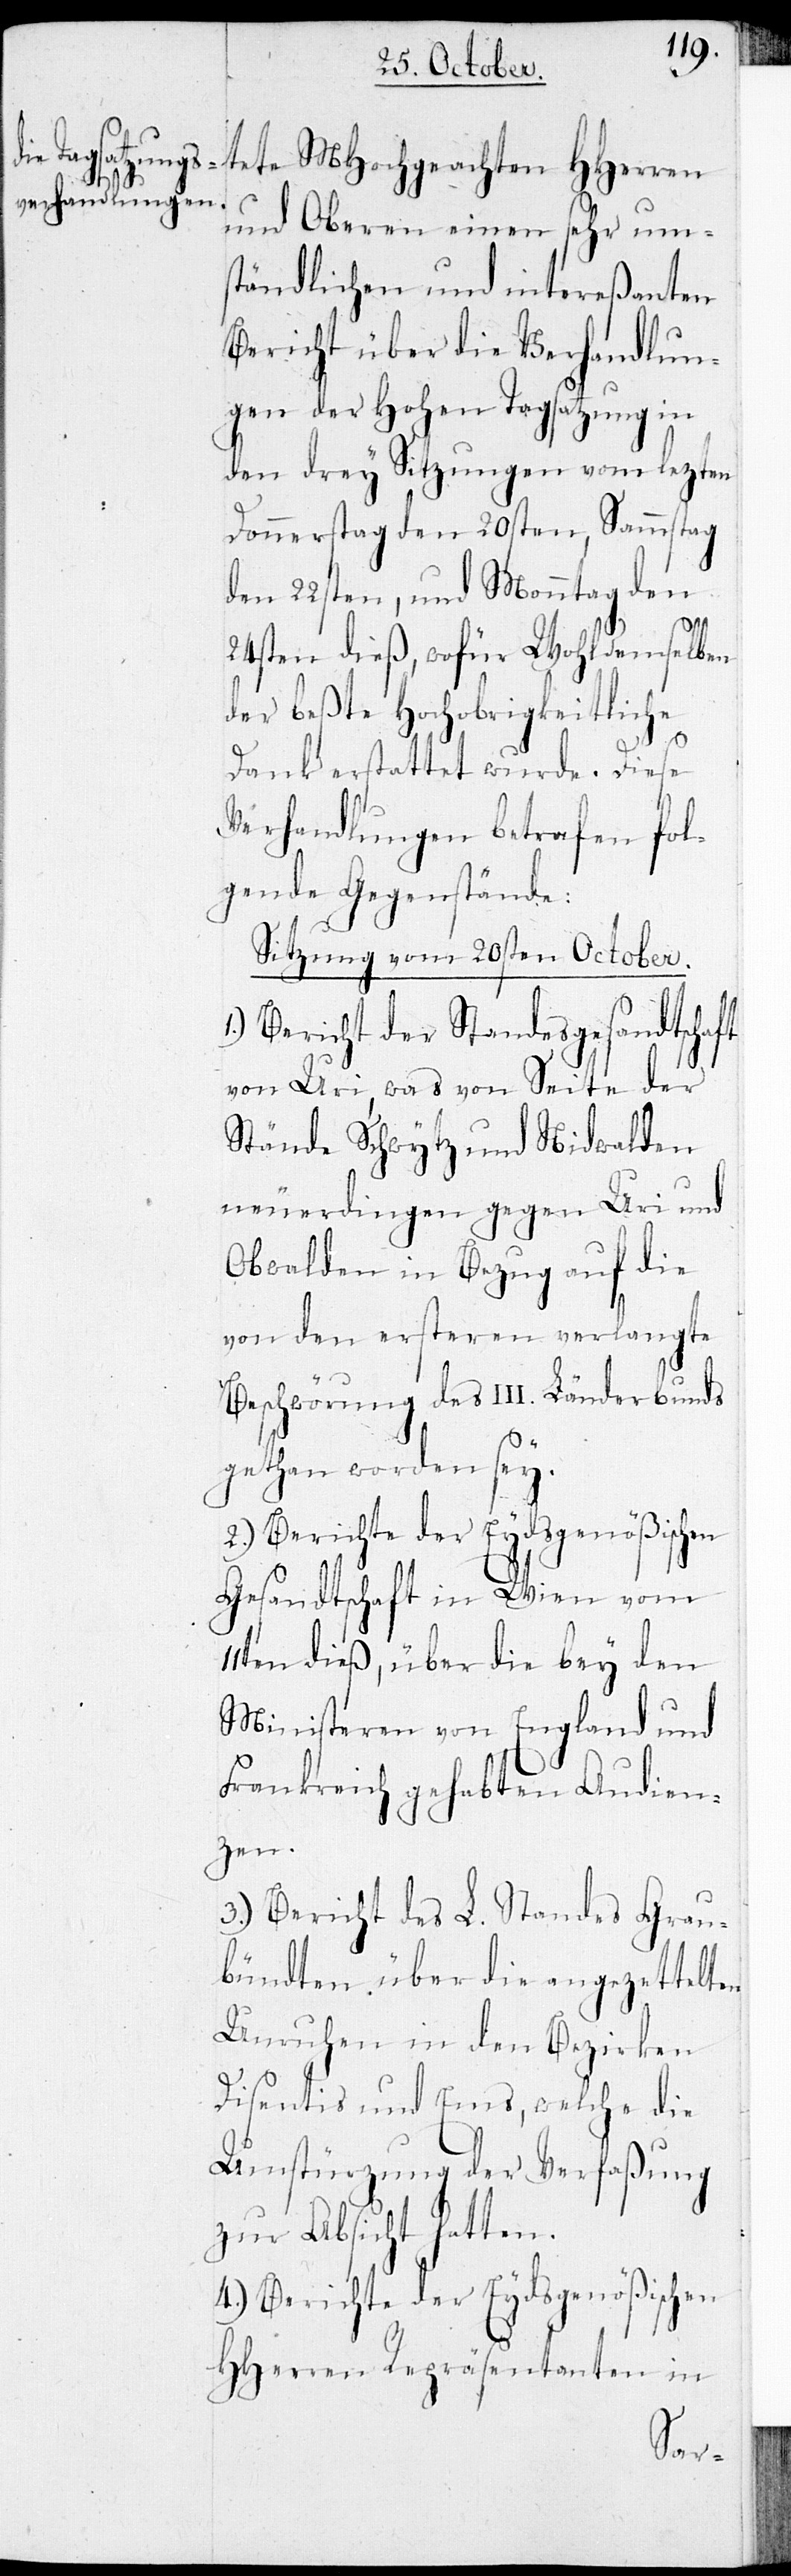
tete MHochgeachten HHerren
und Oberen einen sehr um¬
ständlichen und intereßanten
Bericht über die Verhandlun¬
gen der Hohen Tagsatzung in
den drey Sitzungen vom lezten
Donnerstag den 20sten, Sammstag
den 22sten, und Monntag den
24sten dieß, wofür Wohldemselben
der beßte Hochobrigkeitliche
Dank erstattet wurde. Diese
Verhandlungen betrafen fol¬
gende Gegenstände:
Sitzung vom 20sten October.
Bericht der Standesgesandtschaft
von Uri, was von Seite der
Stände Schwytz und Nidwalden
neuerdingen gegen Uri und
Obwalden in Bezug auf die
von den ersteren verlangte
Beschwörung des III. Länderbunds
gethan worden sey.
2.) Berichte der Eydsgenößischen
Gesandtschaft in Wien vom
11ten dieß, über die bey den
Ministeren von England und
Frankreich gehabten Audien¬
zen.
3.) Bericht des L. Standes Grau¬
bündten über die angezettelten
Unruhen in den Bezirken
Disentis und Ems, welche die
Umstürzung der Verfaßung
zur Absicht hatten.
4.) Berichte der Eydsgenößischen
HHerren Repräsentanten in